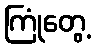
ကြုံတွေ့